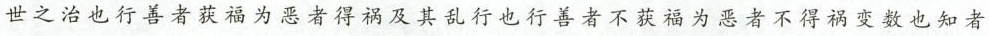
世之治也行善者获福为恶者得祸及其乱行也行善者不获福为恶者不得祸变数也知者